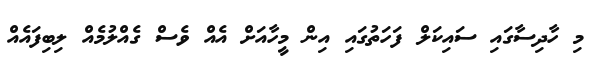
މި ހާދިސާގައި ސައިކަލް ފަހަތުގައި އިން މީހާއަށް އެއް ވެސް ގެއްލުމެއް ލިބިފައެއް